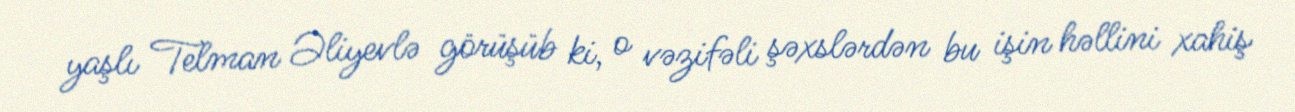
yaşlı Telman Əliyevlə görüşüb ki, o vəzifəli şəxslərdən bu işin həllini xahiş